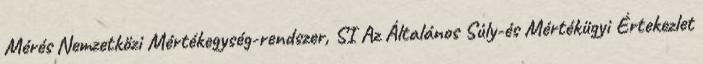
Mérés Nemzetközi Mértékegység-rendszer, SI Az Általános Súly-és Mértékügyi Értekezlet